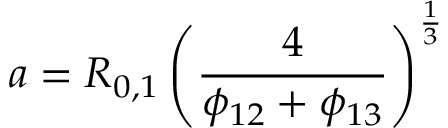
a = R _ { 0 , 1 } \left( \frac { 4 } { \phi _ { 1 2 } + \phi _ { 1 3 } } \right) ^ { \frac { 1 } { 3 } }